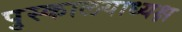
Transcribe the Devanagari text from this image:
पुस्कालयाध्यक्ष